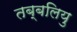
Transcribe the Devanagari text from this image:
तब्बलियु